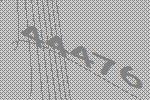
44476